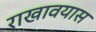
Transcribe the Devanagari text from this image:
राखावयास